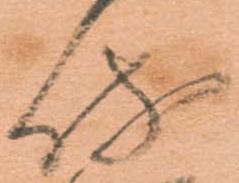
侍